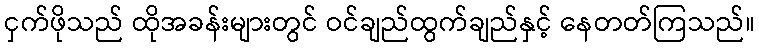
ငှက်ဖိုသည် ထိုအခန်းများတွင် ဝင်ချည်ထွက်ချည်နှင့် နေတတ်ကြသည်။